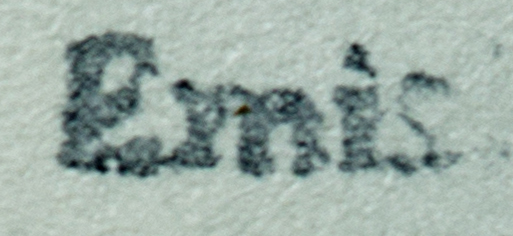
Emis